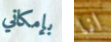
بإمكاني انا